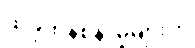
ထိခိုက်နစ်နာမှုများကို